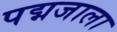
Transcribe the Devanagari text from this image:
पद्मजाला